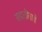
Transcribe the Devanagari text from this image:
सदतीसावे